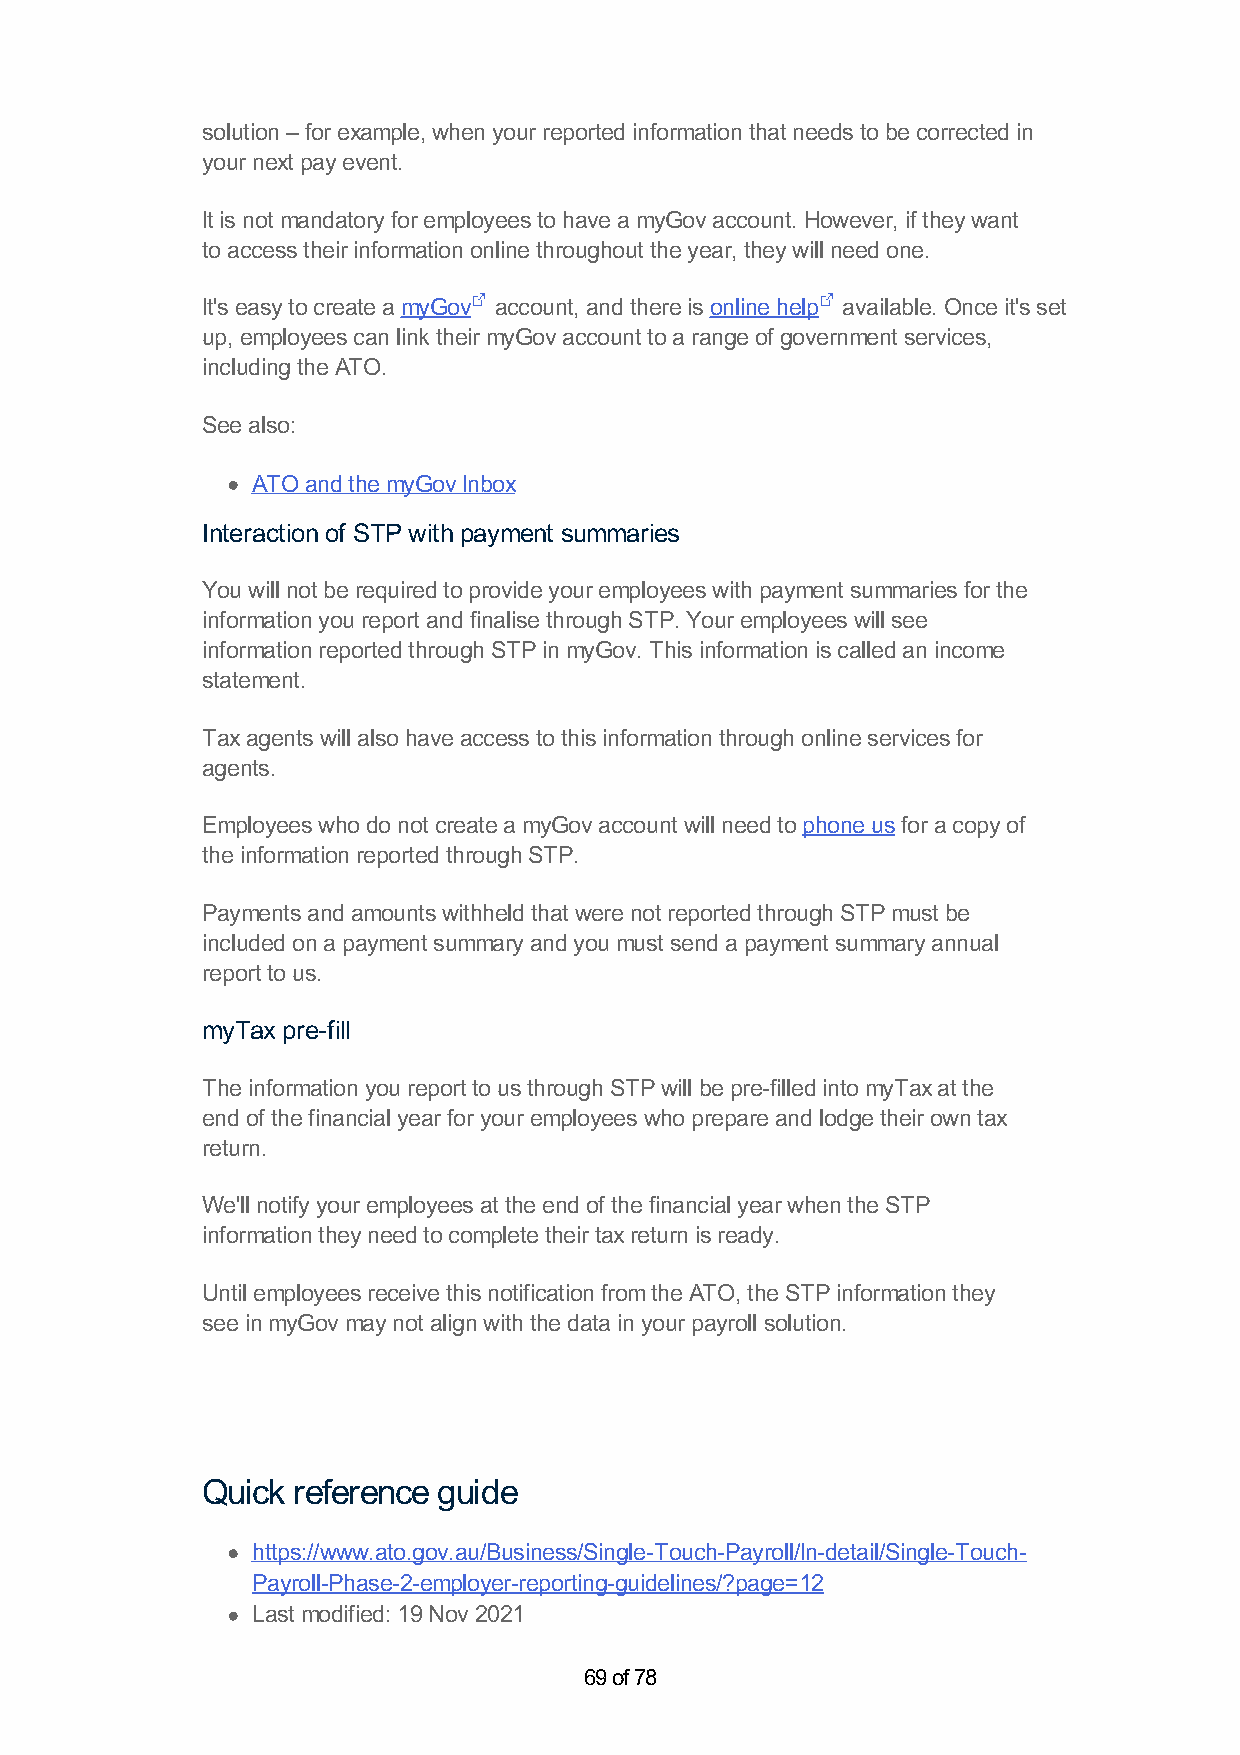
solution – for example, when your reported information that needs to be corrected in
 your next pay event.
 It is not mandatory for employees to have a myGov account. However, if they want
 to access their information online throughout the year, they will need one.
 It's easy to create a myGov account, and there is online help available. Once it's set
 up, employees can link their myGov account to a range of government services,
 including the ATO.
 See also:
 ATO and the myGov Inbox
 Interaction of STP with payment summaries
 You will not be required to provide your employees with payment summaries for the
 information you report and finalise through STP. Your employees will see
 information reported through STP in myGov. This information is called an income
 statement.
 Tax agents will also have access to this information through online services for
 agents.
 Employees who do not create a myGov account will need to phone us for a copy of
 the information reported through STP.
 Payments and amounts withheld that were not reported through STP must be
 included on a payment summary and you must send a payment summary annual
 report to us.
 myTax pre-fill
 The information you report to us through STP will be pre-filled into myTax at the
 end of the financial year for your employees who prepare and lodge their own tax
 return.
 We'll notify your employees at the end of the financial year when the STP
 information they need to complete their tax return is ready.
 Until employees receive this notification from the ATO, the STP information they
 see in myGov may not align with the data in your payroll solution.
 Quick reference guide
 https://www.ato.gov.au/Business/Single-Touch-Payroll/In-detail/Single-Touch-
 Payroll-Phase-2-employer-reporting-guidelines/?page=12
 Last modified: 19 Nov 2021
 69 of 78